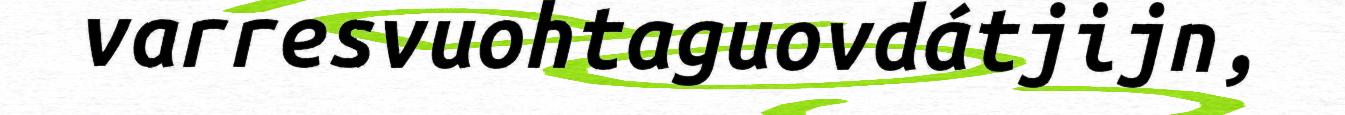
varresvuohtaguovdátjijn,